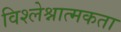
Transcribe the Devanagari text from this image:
विश्लेश्नात्मकता